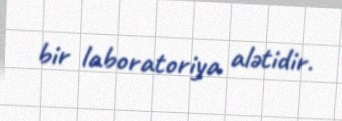
bir laboratoriya alətidir.